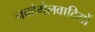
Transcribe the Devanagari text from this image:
नवहेगेलवादियों